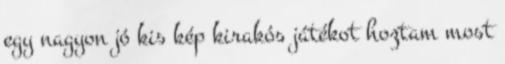
egy nagyon jó kis kép kirakós játékot hoztam most